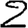
Digit: 2